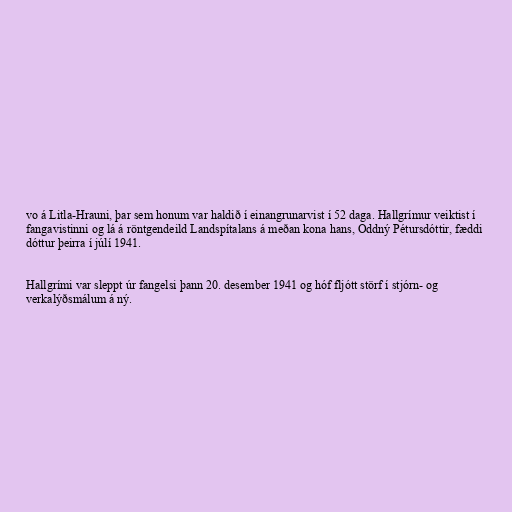
vo á Litla-Hrauni, þar sem honum var haldið í einangrunarvist í 52 daga. Hallgrímur veiktist í
fangavistinni og lá á röntgendeild Landspítalans á meðan kona hans, Oddný Pétursdóttir, fæddi
dóttur þeirra í júlí 1941.

Hallgrími var sleppt úr fangelsi þann 20. desember 1941 og hóf fljótt störf í stjórn- og
verkalýðsmálum á ný.